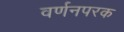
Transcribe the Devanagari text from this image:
वर्णनपरक